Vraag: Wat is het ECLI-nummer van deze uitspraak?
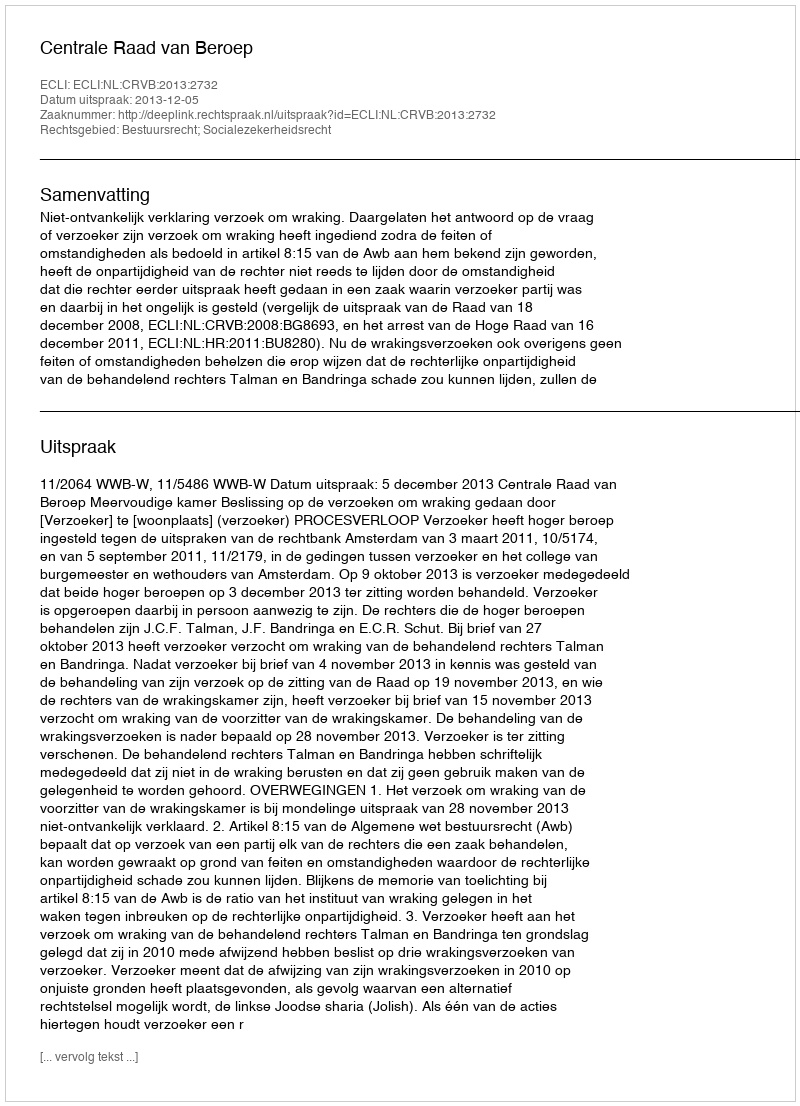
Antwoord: ECLI:NL:CRVB:2013:2732